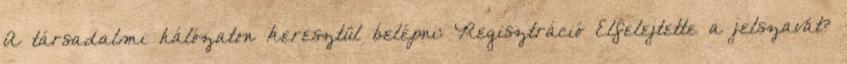
A társadalmi hálózaton keresztül belépni: Regisztráció Elfelejtette a jelszavát?